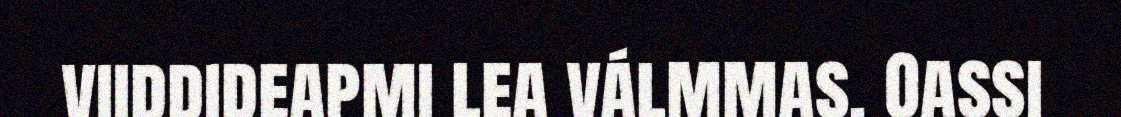
viiddideapmi lea válmmas. Oassi